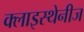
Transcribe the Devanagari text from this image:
क्लाइस्थेनीज